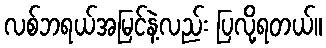
လစ်ဘရယ်အမြင်နဲ့လည်း ပြလို့ရတယ်။